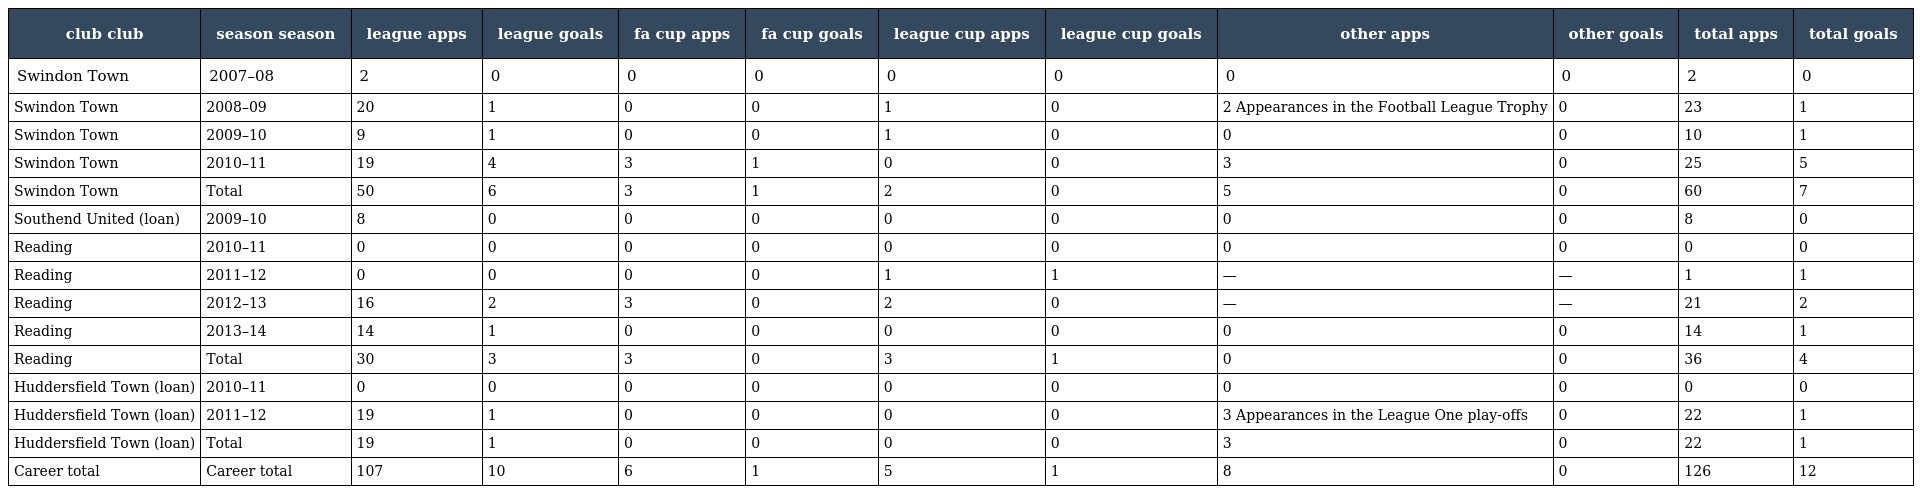
| club club | season season | league apps | league goals | fa cup apps | fa cup goals | league cup apps | league cup goals | other apps | other goals | total apps | total goals |
 | --- | --- | --- | --- | --- | --- | --- | --- | --- | --- | --- | --- |
 | Swindon Town | 2007–08 | 2 | 0 | 0 | 0 | 0 | 0 | 0 | 0 | 2 | 0 |
 | Swindon Town | 2008–09 | 20 | 1 | 0 | 0 | 1 | 0 | 2 Appearances in the Football League Trophy | 0 | 23 | 1 |
 | Swindon Town | 2009–10 | 9 | 1 | 0 | 0 | 1 | 0 | 0 | 0 | 10 | 1 |
 | Swindon Town | 2010–11 | 19 | 4 | 3 | 1 | 0 | 0 | 3 | 0 | 25 | 5 |
 | Swindon Town | Total | 50 | 6 | 3 | 1 | 2 | 0 | 5 | 0 | 60 | 7 |
 | Southend United (loan) | 2009–10 | 8 | 0 | 0 | 0 | 0 | 0 | 0 | 0 | 8 | 0 |
 | Reading | 2010–11 | 0 | 0 | 0 | 0 | 0 | 0 | 0 | 0 | 0 | 0 |
 | Reading | 2011–12 | 0 | 0 | 0 | 0 | 1 | 1 | — | — | 1 | 1 |
 | Reading | 2012–13 | 16 | 2 | 3 | 0 | 2 | 0 | — | — | 21 | 2 |
 | Reading | 2013–14 | 14 | 1 | 0 | 0 | 0 | 0 | 0 | 0 | 14 | 1 |
 | Reading | Total | 30 | 3 | 3 | 0 | 3 | 1 | 0 | 0 | 36 | 4 |
 | Huddersfield Town (loan) | 2010–11 | 0 | 0 | 0 | 0 | 0 | 0 | 0 | 0 | 0 | 0 |
 | Huddersfield Town (loan) | 2011–12 | 19 | 1 | 0 | 0 | 0 | 0 | 3 Appearances in the League One play-offs | 0 | 22 | 1 |
 | Huddersfield Town (loan) | Total | 19 | 1 | 0 | 0 | 0 | 0 | 3 | 0 | 22 | 1 |
 | Career total | Career total | 107 | 10 | 6 | 1 | 5 | 1 | 8 | 0 | 126 | 12 |